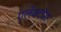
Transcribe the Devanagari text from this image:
एलेक्टोंस